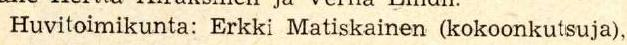
Huvitoimikunta: Erkki Matiskainen (kokoonkutsuja),